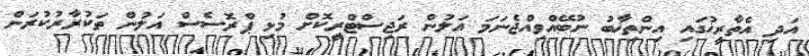
އަދި އެތާރީޚުގައި އިންތިޚާބު ނުބޭއްވިއްޖެނަމަ އަލުން ރަޖިސްޓްރީކޮށް މުޅި ޕްރޮސެސް އަލުން ތަކުރާރުކުރަން